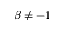
\beta \neq - 1